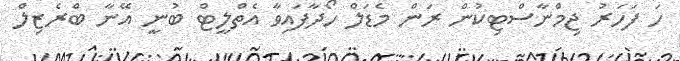
ހަ ފަހަރު ޖިމްނާސްޓިކުން ރަން މެޑަލް ހޯދާފައިވާ އެތްލީޓް ބުނީ އޭނާ ބްރެޒިލް